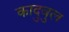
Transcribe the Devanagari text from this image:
कादुवुल